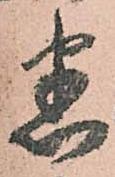
悉